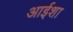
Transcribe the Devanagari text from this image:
आईशा